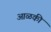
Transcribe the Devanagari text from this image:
आळकी